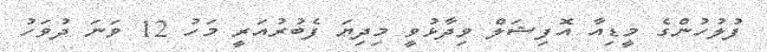
ފުލުހުންގެ މީޑިއާ އޮފިޝަލް ވިދާޅުވީ މިދިޔަ ފެބުރުއަރީ މަހު 12 ވަނަ ދުވަހު